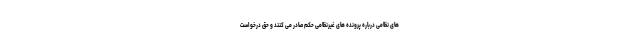
های نظامی درباره پرونده های غیرنظامی حکم صادر می کنند و حق درخواست